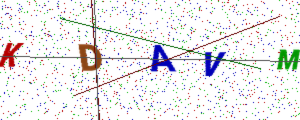
Text: KDAVM